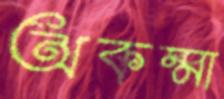
অকম্মা